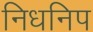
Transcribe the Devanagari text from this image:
निधनिप